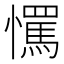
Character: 𢤇